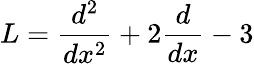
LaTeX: L={\frac{d^{2}}{dx^{2}}}+2{\frac{d}{dx}}-3